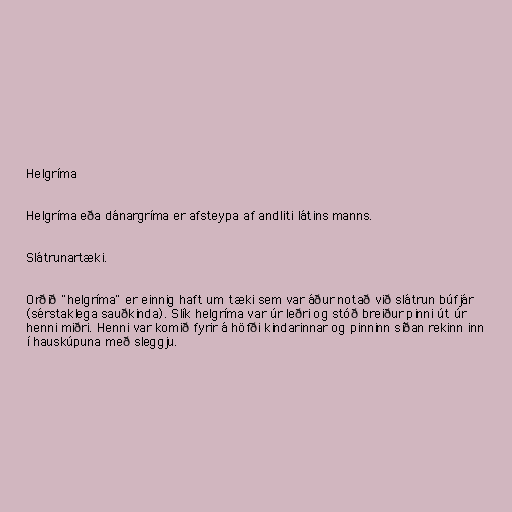
Helgríma

Helgríma eða dánargríma er afsteypa af andliti látins manns.

Slátrunartæki.

Orðið "helgríma" er einnig haft um tæki sem var áður notað við slátrun búfjár
(sérstaklega sauðkinda). Slík helgríma var úr leðri og stóð breiður pinni út úr
henni miðri. Henni var komið fyrir á höfði kindarinnar og pinninn síðan rekinn inn
í hauskúpuna með sleggju.